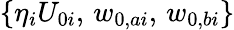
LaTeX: \left\{ \eta_{i}U_{0i},\, w_{0,ai},\, w_{0,bi}\right\}